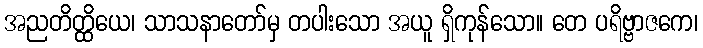
အညတိတ္ထိယေ၊ သာသနာတော်မှ တပါးသော အယူ ရှိကုန်သော။ တေ ပရိဗ္ဗာဇကေ၊